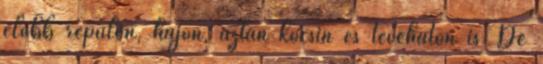
előbb repülőn, hajón, aztán kocsin és teveháton is. De